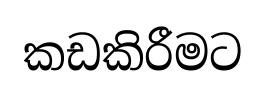
කඩකිරීමට